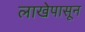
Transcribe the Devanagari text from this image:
लाखेपासून